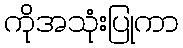
ကိုအသုံးပြုကာ